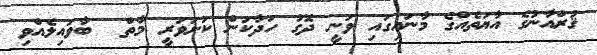
ޤުރްއާނުގެ އާޔަތެއްގެ މާނައިގައި ވަނީ ދޮގު ހަދާކަން ކަށަވަރީ މާތް  ބާވައިލެއްވި